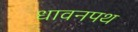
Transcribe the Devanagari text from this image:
धावनपथ